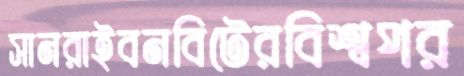
সানরাইবনবিটেরবিশ্বপর